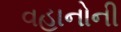
વહાનોની